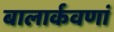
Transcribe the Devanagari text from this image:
बालार्कवणां